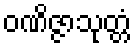
ဝဏိဇ္ဇာသုတ္တံ